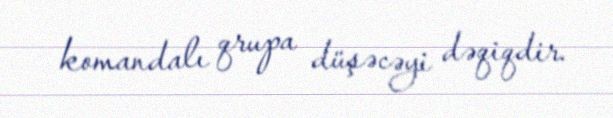
komandalı qrupa düşəcəyi dəqiqdir.